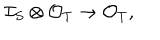
LaTeX: \mathcal { I } _ { S } \otimes \mathcal { O } _ { T } \to \mathcal { O } _ { T } ,